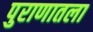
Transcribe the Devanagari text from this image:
पुराणातला